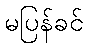
မပြန်ခင်